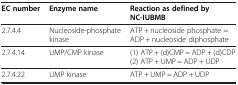
| EC number | Enzyme name | Reaction as defined by NC-IUBMB |
 | --- | --- | --- |
 | <ROWSPAN=2> 2.7.4.4 | <ROWSPAN=2> Nucleoside-phosphate kinase | ATP + nucleoside phosphate = |
 | ADP + nucleoside diphosphate |
 | <ROWSPAN=2> 2.7.4.14 | <ROWSPAN=2> UMP/CMP kinase | (1) ATP + (d)CMP = ADP + (d)CDP |
 | (2) ATP + UMP = ADP + UDP |
 | 2.7.4.22 | UMP kinase | ATP + UMP = ADP + UDP |